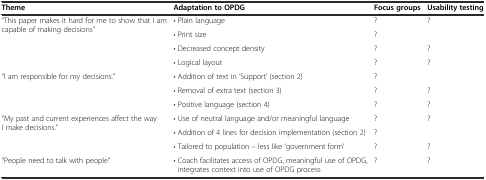
<table><thead><tr><td><b>Theme</b></td><td><b>Adaptation to OPDG</b></td><td><b>Focus groups</b></td><td><b>Usability testing</b></td></tr></thead><tbody><tr><td rowspan="4">“This paper makes it hard for me to show that I am capable of making decisions”</td><td>• Plain language</td><td>?</td><td>?</td></tr><tr><td>• Print size</td><td>?</td><td></td></tr><tr><td>• Decreased concept density</td><td>?</td><td>?</td></tr><tr><td>• Logical layout</td><td>?</td><td>?</td></tr><tr><td rowspan="3">“I am responsible for my decisions.”</td><td>• Addition of text in ‘Support’ (section 2)</td><td>?</td><td></td></tr><tr><td>• Removal of extra text (section 3)</td><td>?</td><td>?</td></tr><tr><td>• Positive language (section 4)</td><td>?</td><td>?</td></tr><tr><td rowspan="3">“My past and current experiences affect the way I make decisions.”</td><td>• Use of neutral language and/or meaningful language</td><td>?</td><td>?</td></tr><tr><td>• Addition of 4 lines for decision implementation (section 2)</td><td>?</td><td></td></tr><tr><td>• Tailored to population – less like ‘government form’</td><td>?</td><td>?</td></tr><tr><td>“People need to talk with people”</td><td>• Coach facilitates access of OPDG, meaningful use of OPDG, integrates context into use of OPDG process</td><td>?</td><td>?</td></tr></tbody></table>